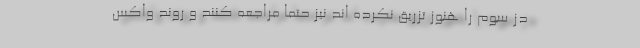
دُز سوم را هنوز تزریق نکرده اند نیز حتماً مراجعه کنند و روند واکس